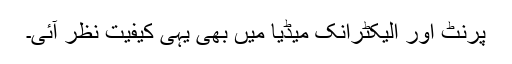
پرنٹ اور الیکٹرانک میڈیا میں بھی یہی کیفیت نظر آئی۔